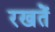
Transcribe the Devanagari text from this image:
रखतेें